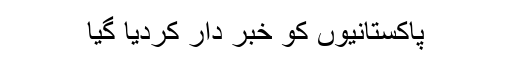
پاکستانیوں کو خبر دار کردیا گیا